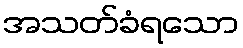
အသတ်ခံရသော